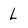
Character: L